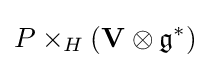
P\times _{H}(\mathbf {V} \otimes {\mathfrak {g}}^{*})